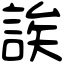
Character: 誒